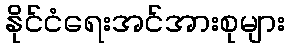
နိုင်ငံရေးအင်အားစုများ